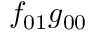
f _ { 0 1 } g _ { 0 0 }